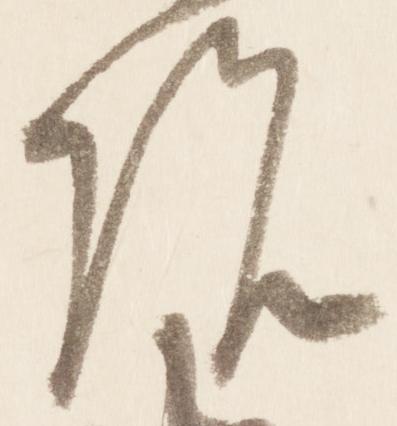
院